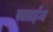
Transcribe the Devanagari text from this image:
स्लाईम